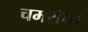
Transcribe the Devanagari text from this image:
चमरौधा